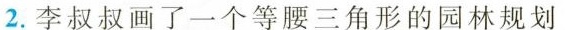
2.李叔叔画了一个等腰三角形的园林规划